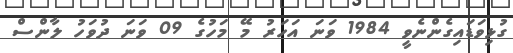
ގުޅިވަޑައިގެންނެވީ 1984 ވަނަ އަހަރު މޭ މަހުގެ 09 ވަނަ ދުވަހު ލާންސް